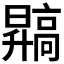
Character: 𬴙